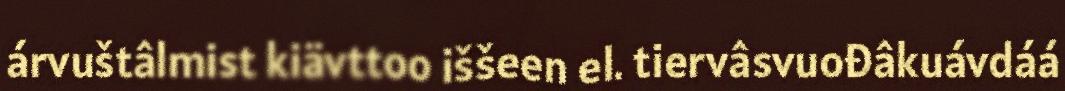
árvuštâlmist kiävttoo iššeen el. tiervâsvuođâkuávdáá